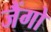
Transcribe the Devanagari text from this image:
जैंगो